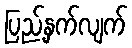
ပြည့်နှက်လျက်